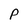
Character: P